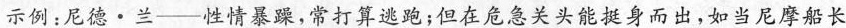
示例：尼德\cdot 兰—性情暴躁，常打算逃跑；但在危急关头能挺身而出，如当尼摩船长